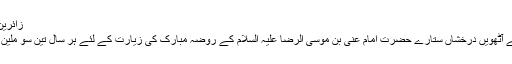
زائرین حرم مطہر رضوی (2)
آسمان امامت و ولایت کے آٹھویں درخشاں ستارے حضرت امام عنی بن موسی الرضا علیہ السلام کے روضہ مبارک کی زیارت کے لئے ہر سال تین سو ملین زائرین حاضر ہوتے ہیں۔